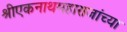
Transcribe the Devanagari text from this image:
श्रीएकनाथमहाराजांच्या